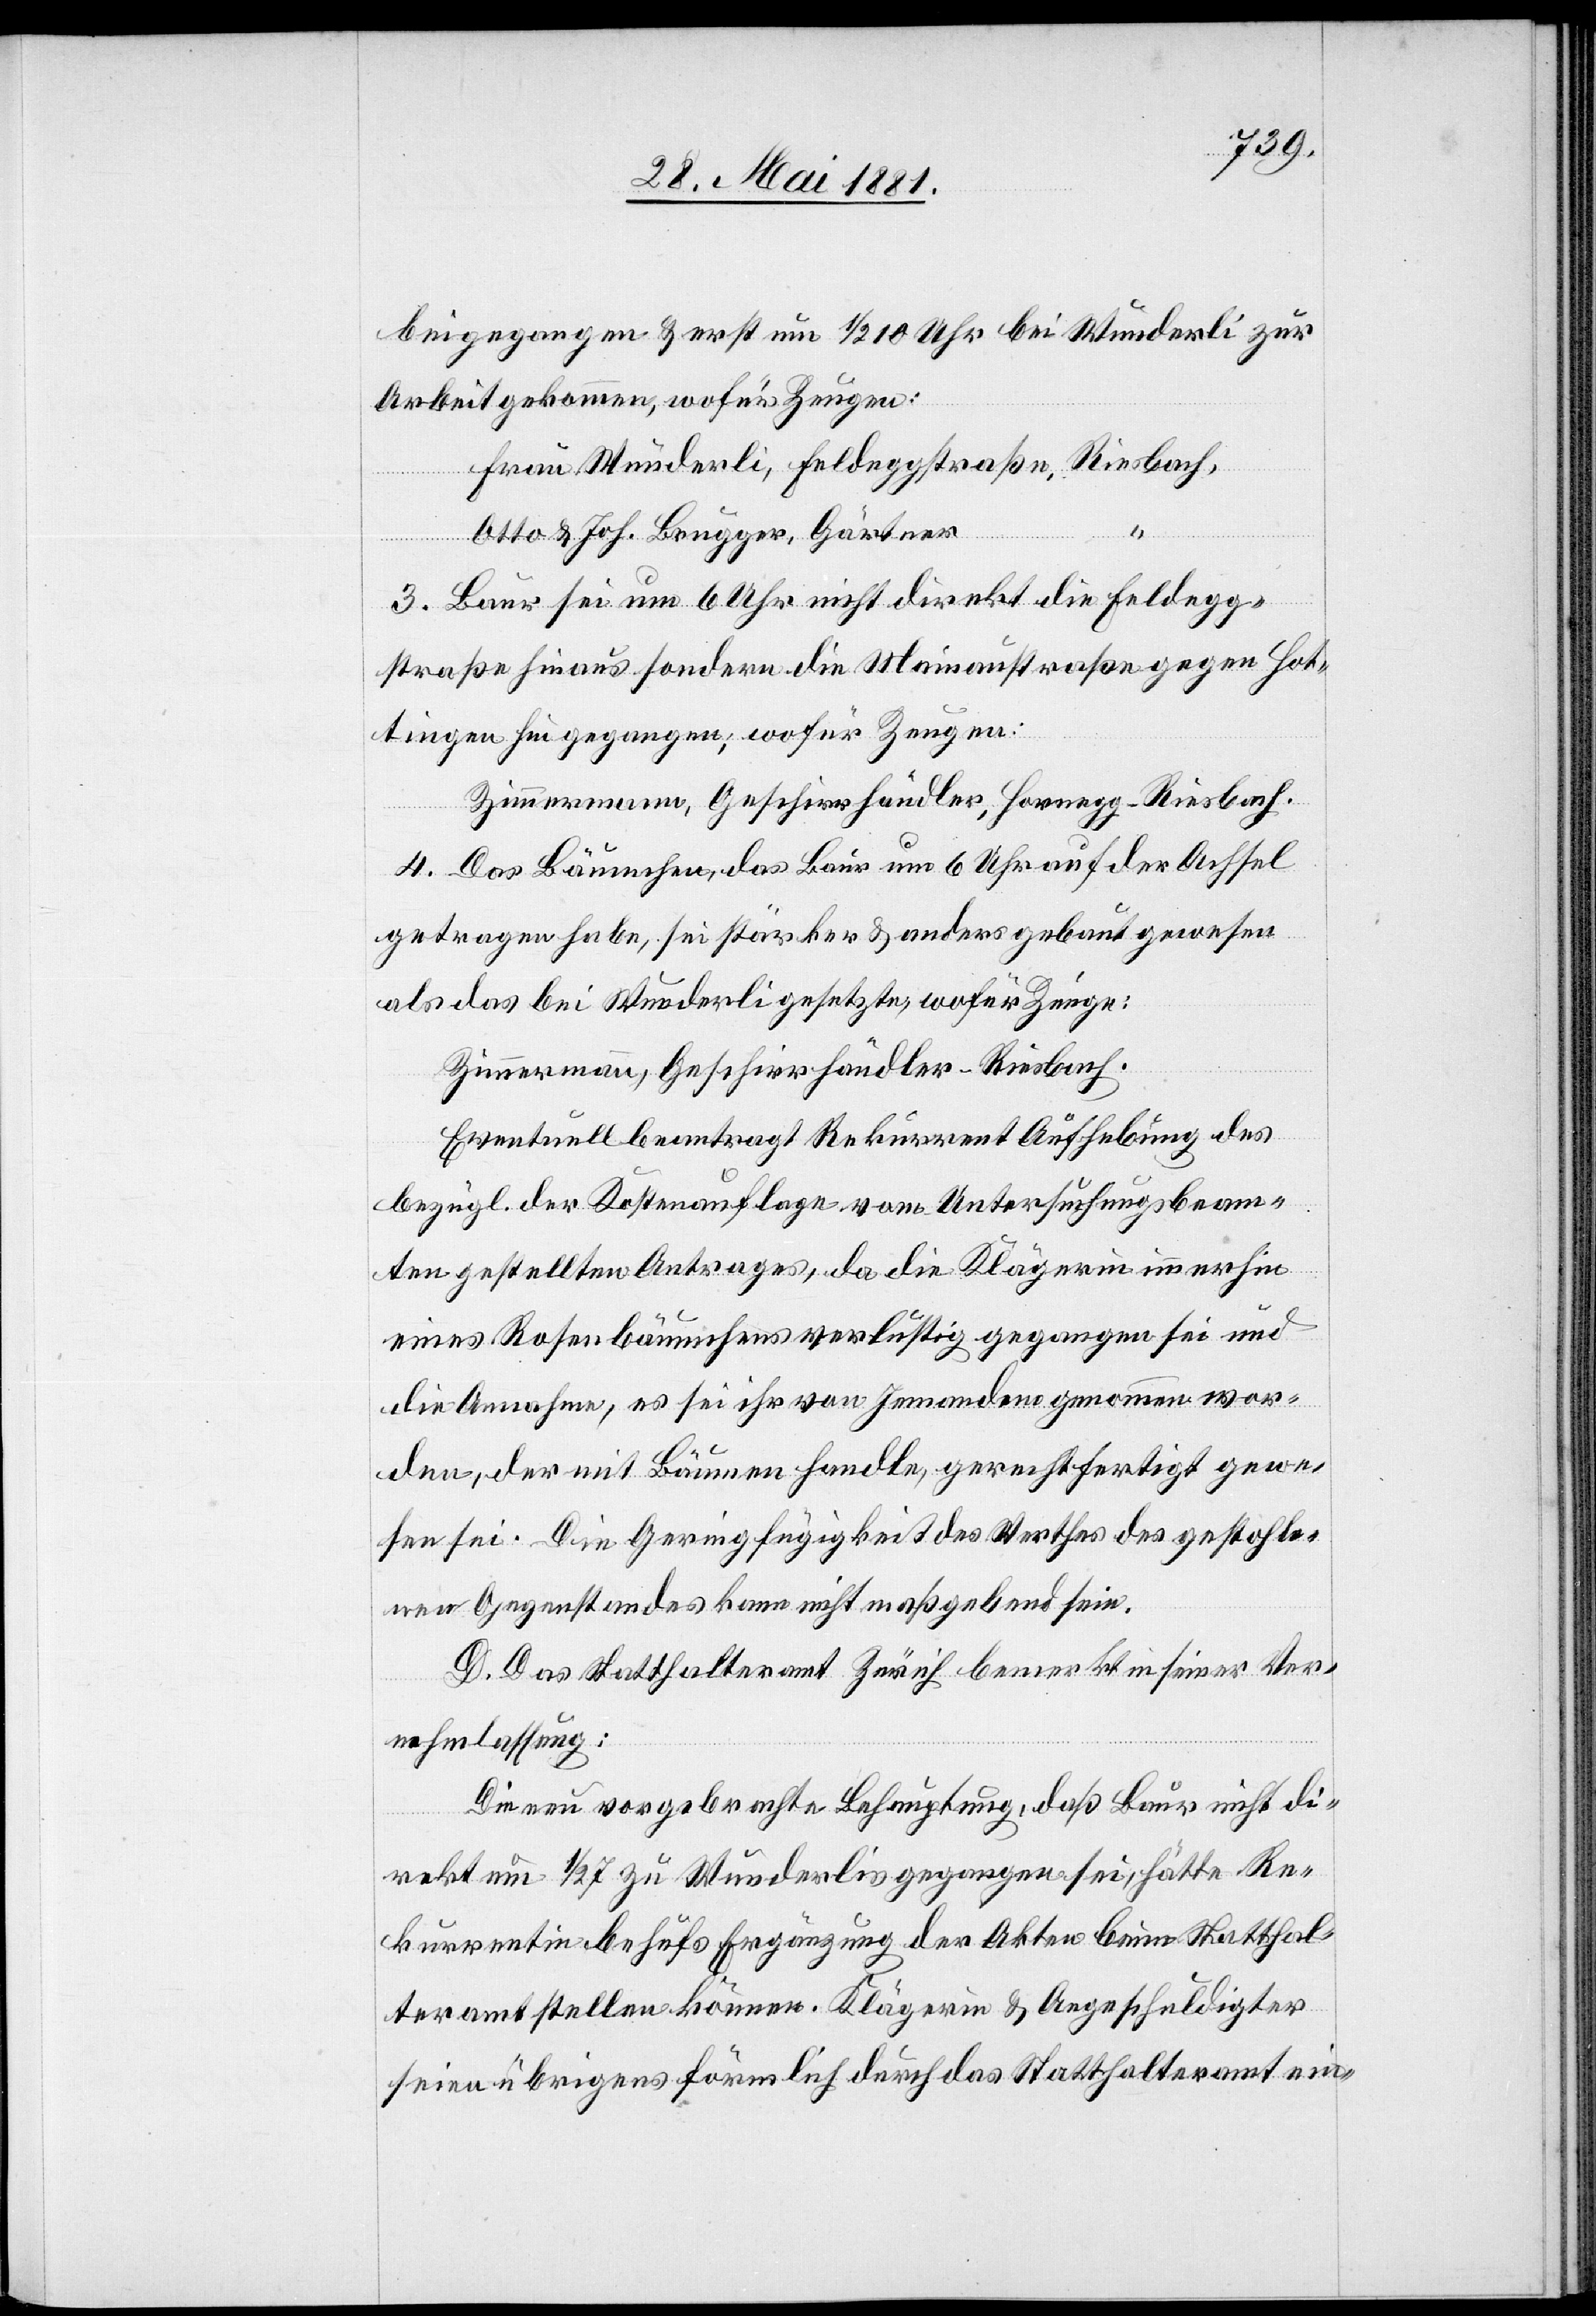
beigegangen & erst um 1/2 10 Uhr bei Wunderli zur
Arbeit gekommen, wofür Zeugen:
Frau Wunderli, Feldeggstraße, Riesbach,
Otto & Joh. Brugger, Gärtner
3. Baur sei um 6 Uhr nicht direkt die Feldegg¬
straße hinaus sondern die Mainaustraße gegen Hot¬
tingen hin gegangen, wofür Zeugen:
Zimmermann, Geschirrhändler, Hornegg - Riesbach.
4. Das Bäumchen, das Baur um 6 Uhr auf der Achsel
getragen habe, sei stärker & anders gebaut gewesen
als das bei Wunderli gesetzte, wofür Zeuge:
Zimmermann, Geschirrhändler - Riesbach.
Eventuell beantragt Rekurrent Aufhebung des
bezügl. der Kostenauflage vom Untersuchungsbeam¬
ten gestellten Antrages, da die Klägerin immerhin
eines Rosenbäumchens verlustig gegangen sei und
die Annahme, es sei ihr von Jemandem genommen wor¬
den, der mit Bäumen handle, gerechtfertigt gewe¬
sen sei. Die Geringfügigkeit des Werthes des gestohle¬
nen Gegenstandes kann nicht maßgebend sei.
D. Das Statthalteramt Zürich beantragt in seiner Ver¬
anlassung:
Die neu vorgebrachte Behauptung, daß Baur nicht di¬
rekt um 1/2 7 zu Wunderlis gegangen sei, hätte Re¬
kurrentin behufs Ergänzung der Akten beim Statthal¬
teramt stellen können. Klägerin & Angeschuldigter
seien übrigens förmlich durch das Statthalteramt ein-